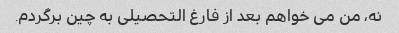
نه، من می خواهم بعد از فارغ التحصیلی به چین برگردم.